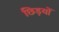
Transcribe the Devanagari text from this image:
छिड़यों